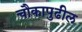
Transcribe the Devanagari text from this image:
चौकापुढील